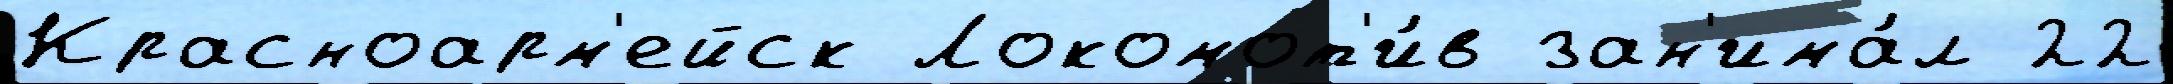
Красноарм'ейск Локомот'и́в зан'има́л 22